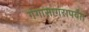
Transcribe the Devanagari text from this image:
गंगासागरापर्यंत